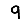
Digit: 9